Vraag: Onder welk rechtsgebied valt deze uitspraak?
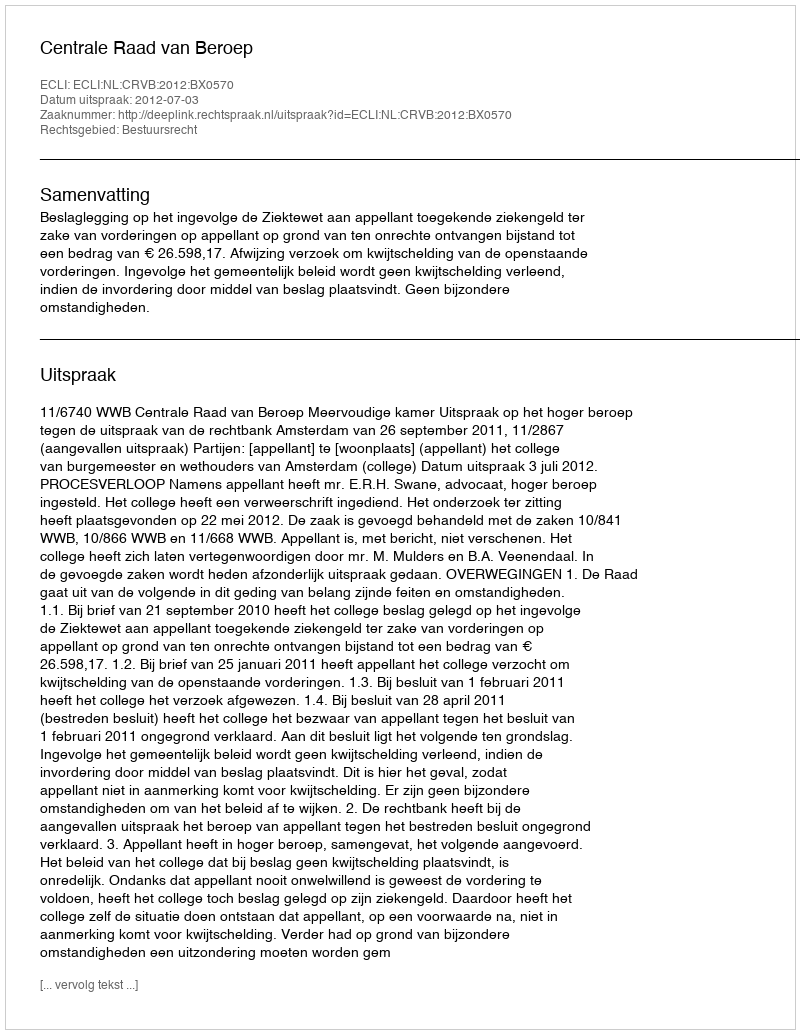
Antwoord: Bestuursrecht